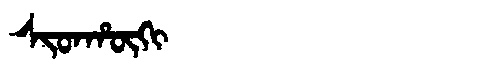
Manchu: ᠰᡳᡨᡥᡡᡴᡳ
Romanization: SITHŪKI